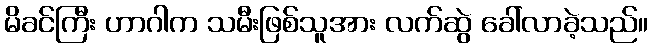
မိခင်ကြီး ဟာဂါက သမီးဖြစ်သူအား လက်ဆွဲ ခေါ်လာခဲ့သည်။